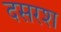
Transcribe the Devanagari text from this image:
दसरश